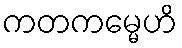
ကတကမ္မေဟိ